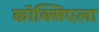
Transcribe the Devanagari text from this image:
कॉक्सिएला